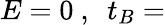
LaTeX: E=0~,~~t_{B}=